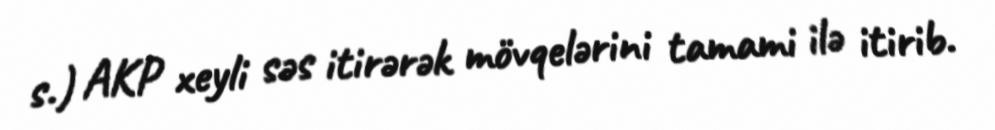
s.) AKP xeyli səs itirərək mövqelərini tamami ilə itirib.